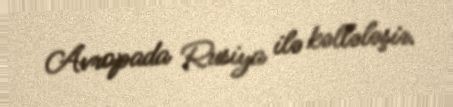
Avropada Rusiya ilə kəllələşir.